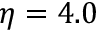
\eta = 4 . 0